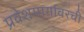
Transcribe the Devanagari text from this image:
प्रवेशमार्गावरची